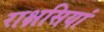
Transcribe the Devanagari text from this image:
राक्षसियां